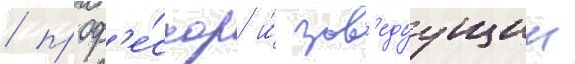
/ проф'е́ссор и́ зав'едуущии